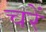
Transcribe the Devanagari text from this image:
चरें